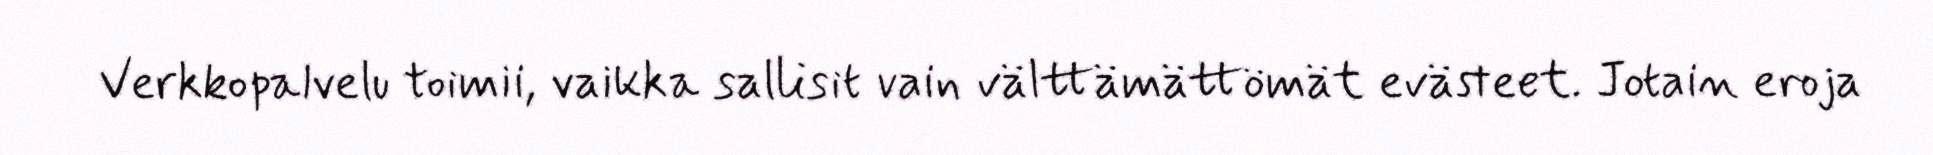
Verkkopalvelu toimii, vaikka sallisit vain välttämättömät evästeet. Jotain eroja